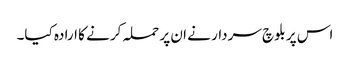
اس پر بلوچ سردار نے ان پر حملہ کرنے کا ارادہ کیا۔